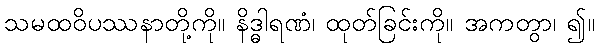
သမထဝိပဿနာတို့ကို။ နိဒ္ဓါရဏံ၊ ထုတ်ခြင်းကို။ အကတွာ၊ ၍။